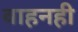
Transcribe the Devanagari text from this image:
वाहनही